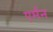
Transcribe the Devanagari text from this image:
एर्मन